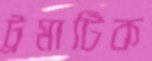
ট্রমাটিক